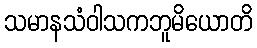
သမာနသံဝါသကဘူမိယောတိ